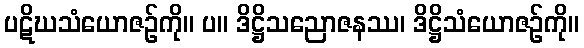
ပဋိဃသံယောဇဉ်ကို။ ပ။ ဒိဋ္ဌိသညောဇနဿ၊ ဒိဋ္ဌိသံယောဇဉ်ကို။